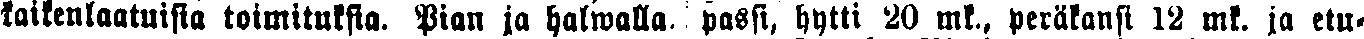
kaikenlaatuisia toimituksia. Pian ja halwalla, passi, hytti 20 mk, peräkansi 12 mk. ja etu-